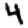
Digit: 4